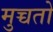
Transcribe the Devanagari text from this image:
मुच्चतो